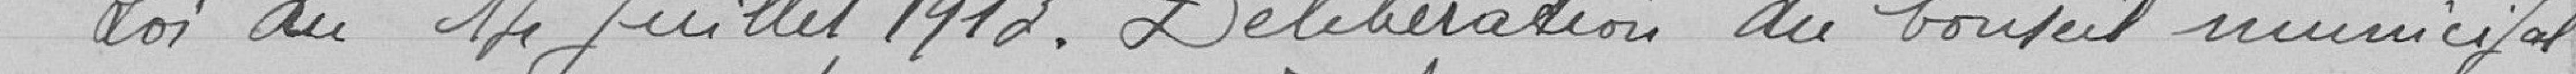
Loi du 14 juillet 1913. Délibération du Conseil municipal